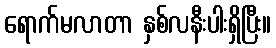
ရောက်မလာတာ နှစ်လနီးပါးရှိပြီး။